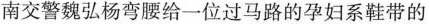
南交警魏弘杨弯腰给一位过马路的孕妇系鞋带的